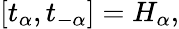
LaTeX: [t_{\alpha},t_{-\alpha}]=H_{\alpha},